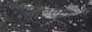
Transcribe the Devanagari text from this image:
वॉटएवर